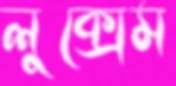
লুক্সেম